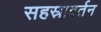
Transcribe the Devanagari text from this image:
सहस्रावर्तन